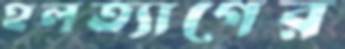
হলত্যাগের